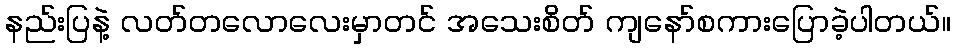
နည်းပြနဲ့ လတ်တလောလေးမှာတင် အသေးစိတ် ကျနော်စကားပြောခဲ့ပါတယ်။